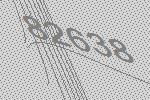
82638